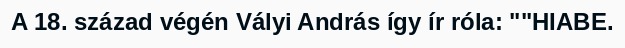
A 18. század végén Vályi András így ír róla: ""HIABE.